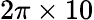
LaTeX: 2\pi\times 10